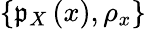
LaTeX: \left\{ \mathfrak{p}_{X}\left(x\right),\rho_{x}\right\}